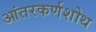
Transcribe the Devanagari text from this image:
आंतरकर्णशोथ